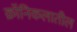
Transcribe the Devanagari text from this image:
क्रॉनिकलातील